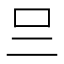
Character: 𠮡